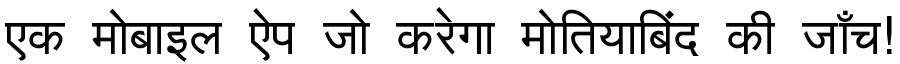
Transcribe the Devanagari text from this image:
एक मोबाइल ऐप जो करेगा मोतियाबिंद की जाँच!